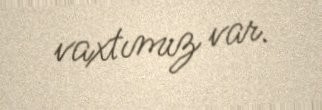
vaxtımız var.